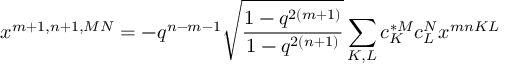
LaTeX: x ^ { m + 1 , n + 1 , M N } = - q ^ { n - m - 1 } \sqrt { \frac { 1 - q ^ { 2 ( m + 1 ) } } { 1 - q ^ { 2 ( n + 1 ) } } } \sum _ { K , L } c _ { K } ^ { * M } c _ { L } ^ { N } x ^ { m n K L }